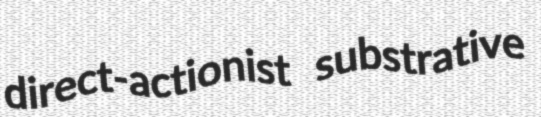
direct-actionist substrative